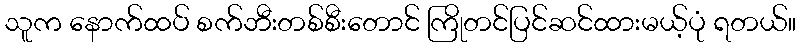
သူက နောက်ထပ် စက်ဘီးတစ်စီးတောင် ကြိုတင်ပြင်ဆင်ထားမယ့်ပုံ ရတယ်။